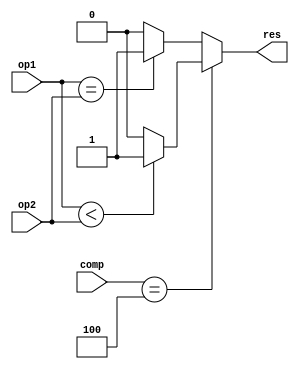
`timescale 1ns / 1ps
//////////////////////////////////////////////////////////////////////////////////
// Company: 
// Engineer: 
// 
// Design Name: 
// Module Name: Branch
// Project Name: 
// Target Devices: 
// Tool Versions: 
// Description: 
// 
// Dependencies: 
// 
// Revision:
// Revision 0.01 - File Created
// Additional Comments:
// 
//////////////////////////////////////////////////////////////////////////////////


module Branch(
    input [31:0] op1,
    input [31:0] op2,
    input [2:0] comp,
    output reg res
    );
    always@(*)
    begin
        if (comp==3'b100)
        begin
            if ($signed(op1)<$signed(op2)) res=1;
            else res=0;
        end
        else 
        begin
            if (op1==op2) res=1;
            else res=0;
        end
    end
endmodule